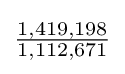
{\tfrac {1,419,198}{1,112,671}}